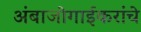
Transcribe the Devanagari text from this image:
अंबाजोगाईकरांचे